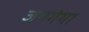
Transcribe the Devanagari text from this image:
जनगंगा